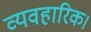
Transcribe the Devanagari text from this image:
व्यवहारिक।